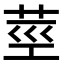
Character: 莖